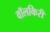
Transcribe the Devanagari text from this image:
वॉलकिरी